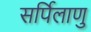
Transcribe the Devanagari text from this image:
सर्पिलाणु